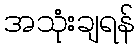
အသုံးချရန်